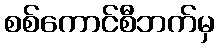
စစ်ကောင်စီဘက်မှ